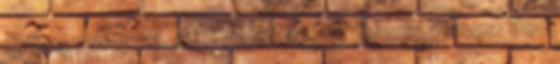
1961 470–473. o. ↑ Gyenis 1970: Gyenis Vilmos: Bod